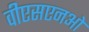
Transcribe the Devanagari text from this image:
वीएसएनओ